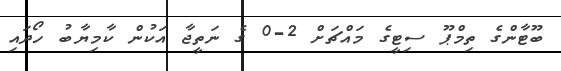
ބޫޓާންގެ ތިމްޕޫ ސިޓީގެ މައްޗަށް 2-0 ގެ ނަތީޖާ އަކުން ކާމިޔާބު ހޯދައި